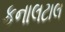
કનાલટાલ